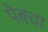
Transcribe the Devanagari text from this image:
पेबचा